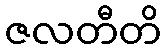
ဇလတီတိ